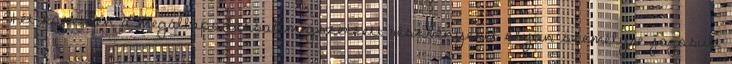
31-ét követően a megállapodással megszerzett részvényeket olyan személyre jogosult